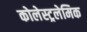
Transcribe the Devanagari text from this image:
कोलेस्ट्रलेमिक